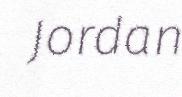
Jordan